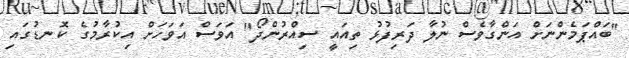
"ބައްޕަމެންނަށް އަންގާވެސް ނުލާ ދަރިފުޅު ތިއައީ ސިއްރުންދޯ" އަވަސް އަވަހަށް އިކުރާމުގެ ކޮނޑުގައި